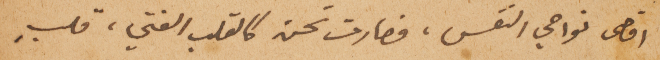
اقصى نواحي النفس، فصارت تحن كالقلب الفتي، قلبٍ